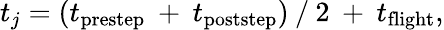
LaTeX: t_{j}=(t_{\mathrm{prestep}}\: +\: t_{\mathrm{poststep}})\: /\: 2\: +\: t_{\mathrm{flight}},